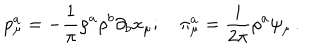
LaTeX: p _ { \mu } ^ { a } = - \frac { 1 } { \pi } \rho ^ { a } \rho ^ { b } \partial _ { b } x _ { \mu } ; \quad \pi _ { \mu } ^ { a } = \frac { i } { 2 \pi } \rho ^ { a } \psi _ { \mu } \, .